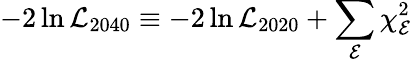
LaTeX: -2\ln\mathcal{L}_{2040}\equiv-2\ln\mathcal{L}_{2020}+\sum_{\mathcal{E}}\chi_{\mathcal{E}}^{2}